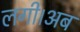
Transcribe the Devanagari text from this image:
लगी।अब